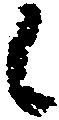
候